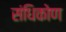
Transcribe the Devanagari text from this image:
संधिकोण